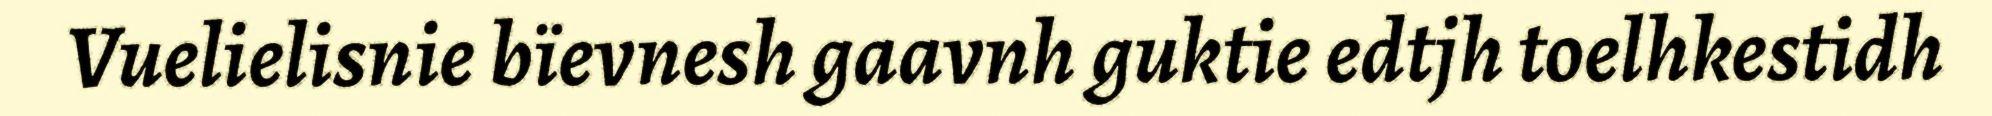
Vuelielisnie bïevnesh gaavnh guktie edtjh toelhkestidh